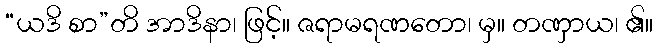
“ယဒိ စာ”တိ အာဒိနာ၊ ဖြင့်။ ဇရာမရဏတော၊ မှ။ တဏှာယ၊ ၏။